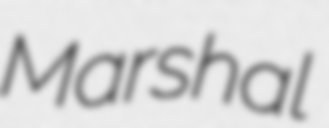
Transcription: Marshal